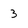
Character: 3